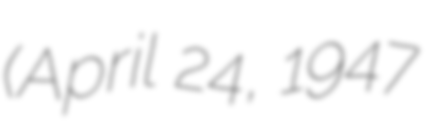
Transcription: (April 24, 1947